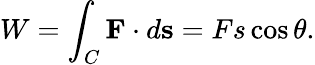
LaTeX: W=\int_{C}\mathbf{F}\cdot d\mathbf{s}=Fs\cos\theta.